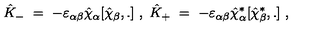
{ \hat { K } } _ { - } \ = \ - \varepsilon _ { \alpha \beta } { \hat { \chi } } _ { \alpha } [ { \hat { \chi } } _ { \beta } , . ] \ , \ { \hat { K } } _ { + } \ = \ - \varepsilon _ { \alpha \beta } { \hat { \chi } } _ { \alpha } ^ { * } [ { \hat { \chi } } _ { \beta } ^ { * } , . ] \ ,